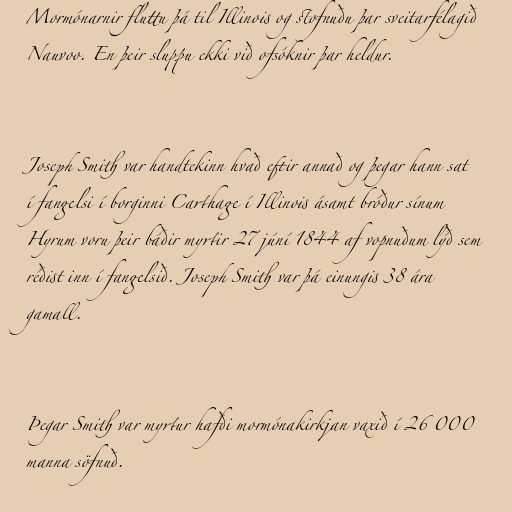
Mormónarnir fluttu þá til Illinois og stofnuðu þar sveitarfélagið
Nauvoo. En þeir sluppu ekki við ofsóknir þar heldur.

Joseph Smith var handtekinn hvað eftir annað og þegar hann sat
í fangelsi í borginni Carthage í Illinois ásamt bróður sínum
Hyrum voru þeir báðir myrtir 27 júní 1844 af vopnuðum lýð sem
réðist inn í fangelsið. Joseph Smith var þá einungis 38 ára
gamall.

Þegar Smith var myrtur hafði mormónakirkjan vaxið í 26 000
manna söfnuð.